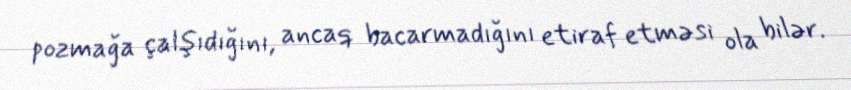
pozmağa çalşıdığını, ancaq bacarmadığını etiraf etməsi ola bilər.